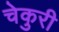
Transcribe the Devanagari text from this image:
चेकुरी